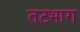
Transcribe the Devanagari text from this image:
तटभाग